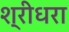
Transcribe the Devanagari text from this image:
श्रीधरा